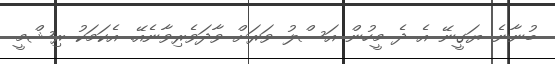
ބުނާނެ ޔަގީނޭ އެ ދެ މީހުން އަސްލު ވަރަށް ވާދަވެރިވާނެއޭ. އެކަމަކު ރިޝްމީ